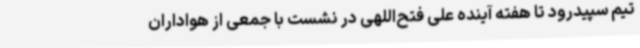
تیم سپیدرود تا هفته آینده علی فتح‌اللهی در نشست با جمعی از هواداران